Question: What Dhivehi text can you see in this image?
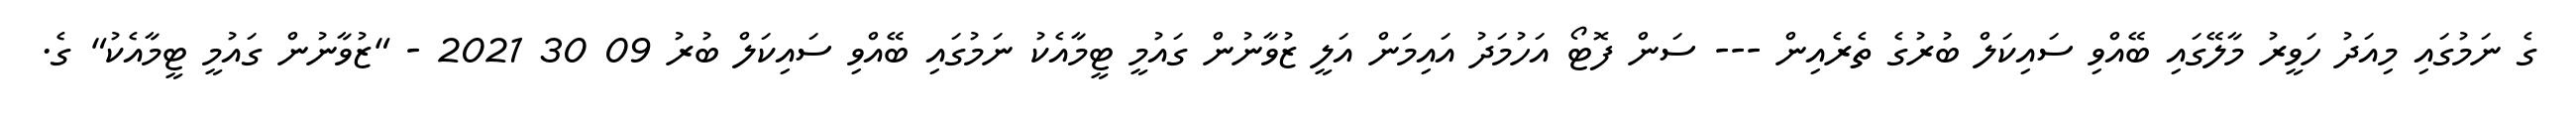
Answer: ގެ ނަމުގައި މިއަދު ހަވީރު މާލޭގައި ބޭއްވި ސައިކަލް ބުރުގެ ތެރެއިން --- ސަން ފޮޓޯ އަހުމަދު އައިމަން އަލީ ޒުވާނުން ގައުމީ ޓީމާއެކު ނަމުގައި ބޭއްވި ސައިކަލް ބުރު 09 30 2021 - "ޒުވާނުން ގައުމީ ޓީމާއެކު" ގެ.